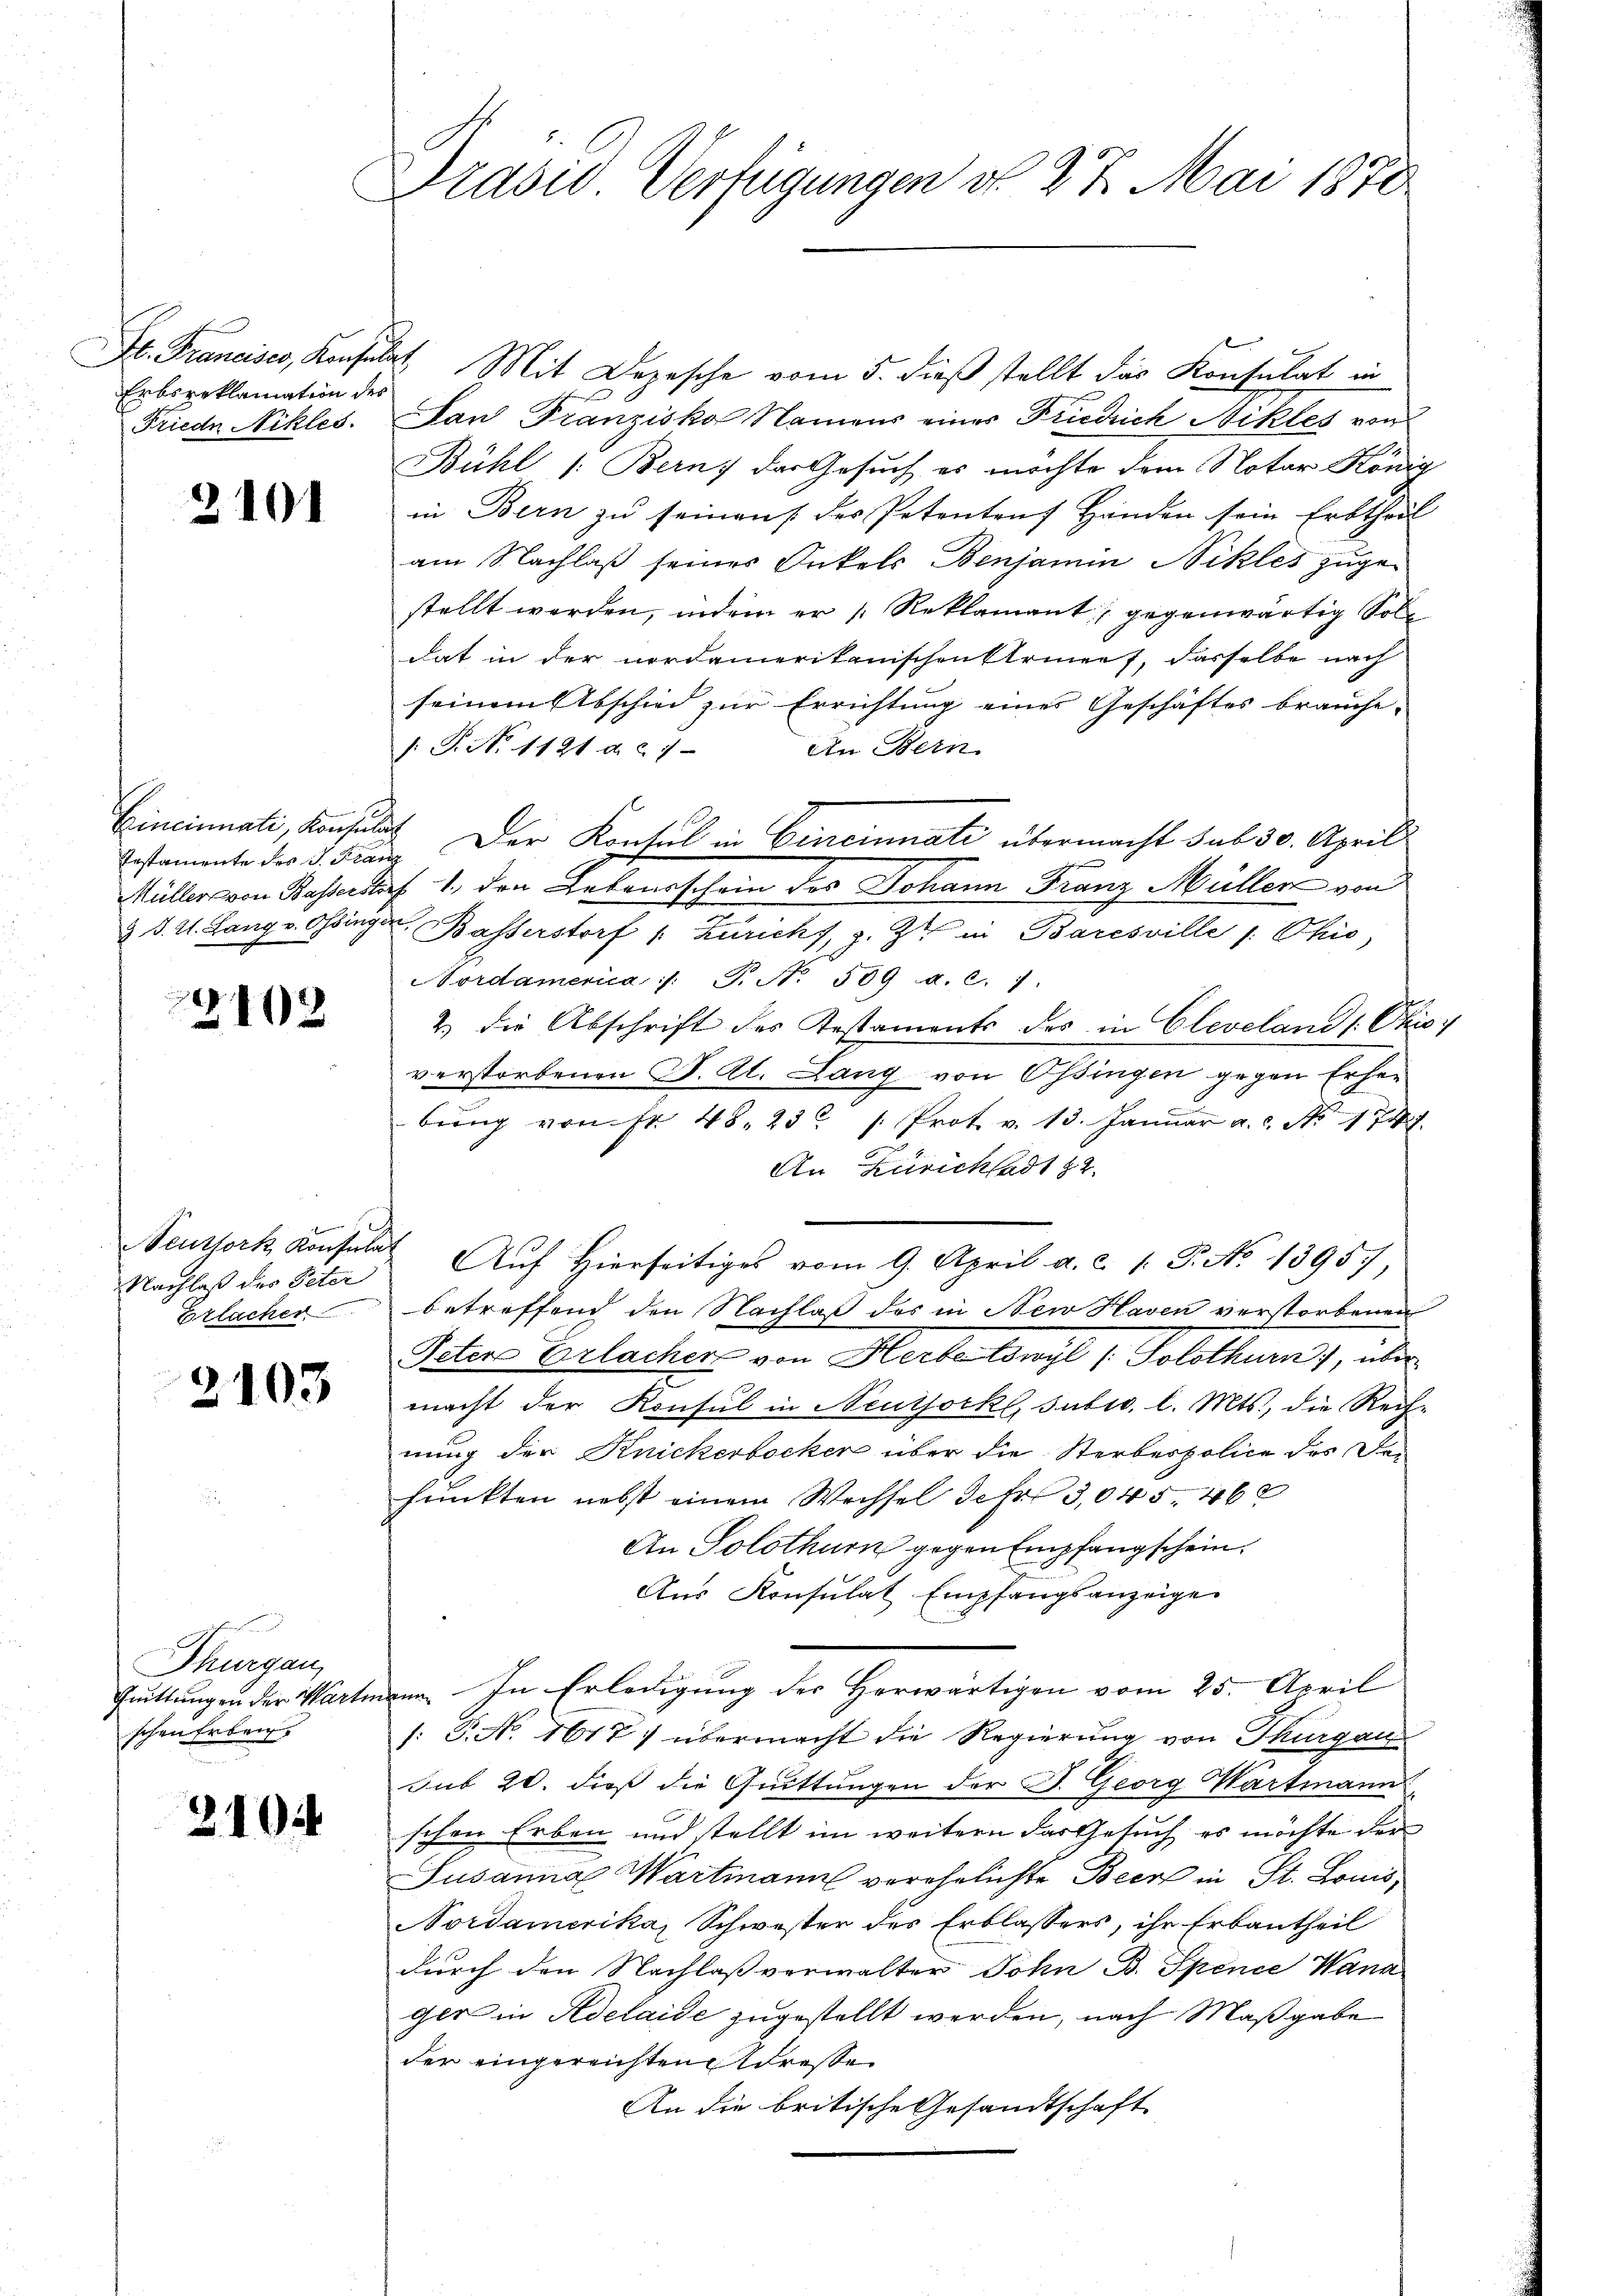
Erbsreklamation des
Friede Nikles.

2101

Erstamente des P. Fran
Müller von Basserstor
2. d. 2t. Lang v. Ossinge-

2102

Neuthork Konsula
Nachlaß des Peter
Erlacher

2103

Thurgau,
Quittungen der Wart
schen Erben.

210

Prasis Verfügungen d. 27. Mai 1870

Dr. Francises, Konsulat, Mit Depesche vom 5. dieß stellt das Konsulat in
San Franzisko Namens einer Friedrich Nikles von
Bühl /: Bern, das Gesuch es möchte dem Notar König
in Bern zu seinen des Petenten Händen sein Erbtheil
am Nachlaß seines Onkels Benjamin Nikles zugestellt werden, indem er (Reklamant, gegenwärtig Soll
dat in der nordamerikanischen Strief, dasselbe nach
seinem Abschied zur Errichtung eines Geschäftes brauche-
An Bern
: P. Nr. 1121 d. 27
Cincinnati, Konsung. Der Konsul in Eereinnati übermacht sub 30. April
J
. 1. den Arbonischein der Johann Franz Müller von
v. Basserstorf 1. Züricht, z. Z. in Baresville /: Ohio,
Nordamerica /: P. N. 509 a. c. 1
2.) die Abschrift des Testaments des in Cleveland /: Okis:
verstorbenen S. Al. Lang von Ossingen gegen Erhebŭng von fr. 48. 23. " Prot. v. 13. Janŭar a.c. No 1747.
An Zürichtadt 12.
Auf Hierseitiges vom 9. April a. c. 1. P. No 1395,
betreffend den Nachlaß des in New Haven verstorbenen
Peter Erlacher von Herbelowyl , Solothurn), über
macht der Konsul in Neuthorkl, subic. l. Mts., die Rechnung der Knickerbocker über die Sterbespolice des De-
fruckten nebst einem Wechsel der 3,045 462
An Solothurn gegen Empfangschein.
Aus Konsulat Empfangsanzeige
nn. In Erledigung der Herwärtigen vom 25. April
/: P. No 1617) übermacht die Regierung von Thurgau
sub 20. dieß die Quittungen der F. Georg Wartmann
schen Erben und stellt im weitern das Gesuch es möchte der
Susanna Wartmann verehelichte Beer in St. Louis
Nordamerika, Schwester des Erblassers, ihr Erbautheil
durch den Nachlaß verwalter Sohn B. Spence Wann
ger in Adelaide zugestellt werden, nach Maßgabe
der eingereichten Adresse
An die britische Gesandtschaft